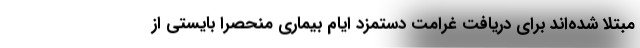
مبتلا شده‌اند برای دریافت غرامت دستمزد ایام بیماری منحصرا بایستی از